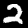
Digit: 2